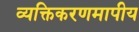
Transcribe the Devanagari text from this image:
व्यक्तिकरणमापीय